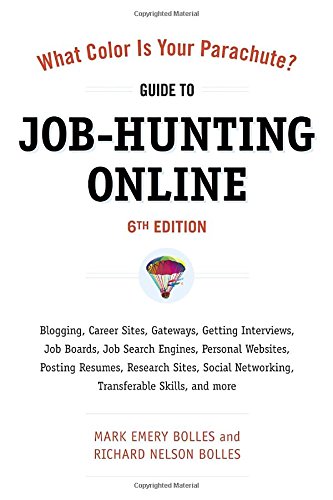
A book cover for What Color Is Your Parachute? Guide to Job-Hunting Online, Sixth Edition: Blogging, Career Sites, Gateways, Getting Interviews, Job Boards, Job Search ... Resumes, Research Sites, Social Networking; Mark Emery Bolles; Business & Money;